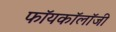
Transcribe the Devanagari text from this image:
फॉयकॉलॉजी